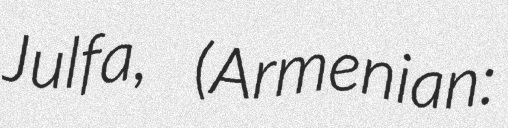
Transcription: Julfa, (Armenian: